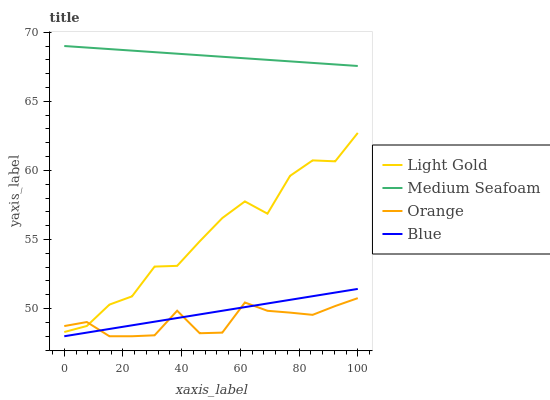
| xaxis_label | Light Gold | Medium Seafoam | Orange | Blue |
 | --- | --- | --- | --- | --- |
 | 0 | 48.3 | 69 | 48.7 | 48 |
 | 7.69 | 48.7 | 68.9 | 49 | 48.3 |
 | 15.4 | 50.3 | 68.8 | 48 | 48.5 |
 | 23.1 | 50.9 | 68.7 | 48 | 48.8 |
 | 30.8 | 53 | 68.6 | 48.1 | 49.1 |
 | 38.5 | 53.1 | 68.4 | 49.8 | 49.3 |
 | 46.2 | 54.9 | 68.3 | 48.2 | 49.6 |
 | 53.8 | 56.6 | 68.2 | 48.3 | 49.8 |
 | 61.5 | 57.8 | 68.1 | 50.4 | 50.1 |
 | 69.2 | 56.9 | 68 | 49.8 | 50.4 |
 | 76.9 | 59.6 | 67.9 | 49.7 | 50.6 |
 | 84.6 | 60.7 | 67.8 | 49.5 | 50.9 |
 | 92.3 | 60.7 | 67.7 | 50.2 | 51.2 |
 | 100 | 62.7 | 67.6 | 50.8 | 51.4 |